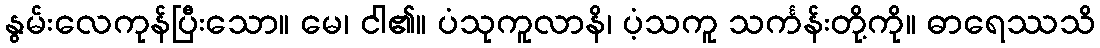
နွမ်းလေကုန်ပြီးသော။ မေ၊ ငါ၏။ ပံသုကူလာနိ၊ ပံ့သကူ သင်္ကန်းတို့ကို။ ဓာရေဿသိ